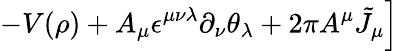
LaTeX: \left.-V(\rho)+A_{\mu}\epsilon^{\mu\nu\lambda}\partial_{\nu}\theta_{\lambda}+2\pi A^{\mu}{\tilde{J}}_{\mu}\right]